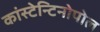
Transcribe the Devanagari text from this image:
कांस्टेन्टिनोपोल